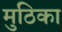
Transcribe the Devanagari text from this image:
मुठिका